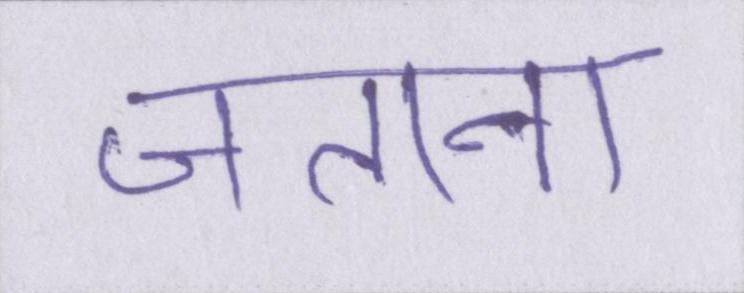
जताना